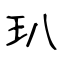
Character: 玐